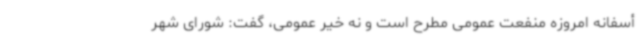
أسفانه امروزه منفعت عمومی مطرح است و نه خیر عمومی، گفت: شورای شهر